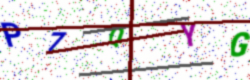
Text: P7QYG